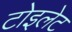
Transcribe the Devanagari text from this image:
टोइलेट